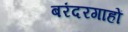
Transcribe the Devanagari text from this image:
बरंदरगाहों